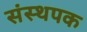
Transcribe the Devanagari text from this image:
संस्थपक